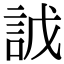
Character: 䛋